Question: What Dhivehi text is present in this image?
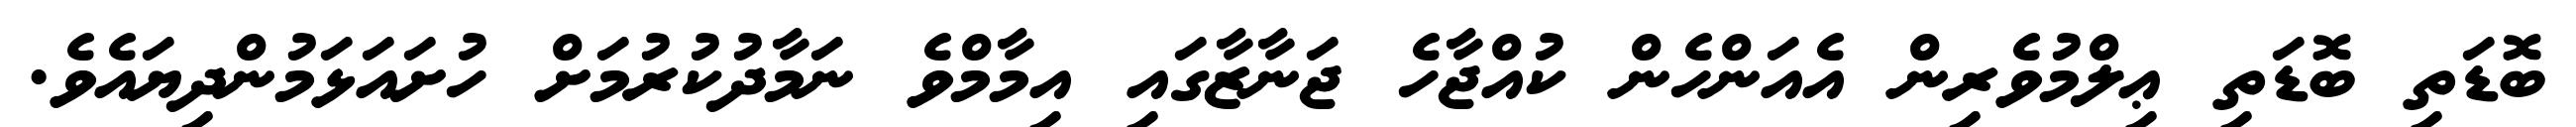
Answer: ބޮޑަތި ބޮޑަތި ޢިލްމުވެރިން އެއަންހެން ކުއްޖާހެ ޖަނާޒާގައި އިމާމްވެ ނަމާދުކުރުމަށް ހުށައަޅަމުންދިޔައެވެ.